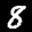
Label: 8